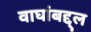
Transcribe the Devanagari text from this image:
वाघांबद्द्ल